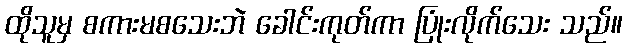
ထိုသူမှ စကားမစသေးဘဲ ခေါင်းကုတ်ကာ ပြုံးလိုက်သေး သည်။